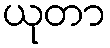
ယုတာ